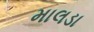
માલડા